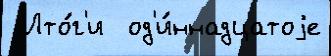
 Ито́г'и  од'и́ннадцатоjе